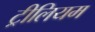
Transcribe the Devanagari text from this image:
ट्रीलियम